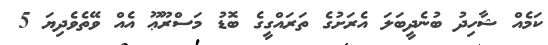
ކަމެއް ޝާހިދު ބުނެދީބަލަ އެރަށުގެ ތަރައްގީގެ ބޮޑު މަސްރޫޢޫ އެއް ވޭތެވެދިޔަ 5